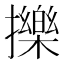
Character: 擽